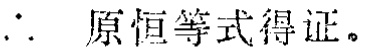
\(\therefore\) 原恒等式得证。